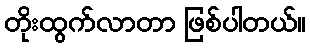
တိုးထွက်လာတာ ဖြစ်ပါတယ်။